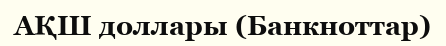
АҚШ доллары (Банкноттар)